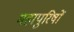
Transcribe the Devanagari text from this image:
महापुरिषों